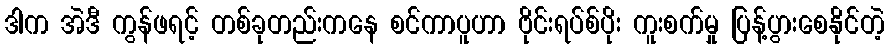
ဒါက အဲဒီ ကွန်ဖရင့် တစ်ခုတည်းကနေ စင်ကာပူဟာ ဗိုင်းရပ်စ်ပိုး ကူးစက်မှု ပြန့်ပွားစေနိုင်တဲ့